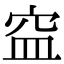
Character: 𥥊